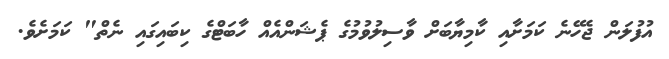
އުފުލަން ޖެހޭނެ ކަމަށާއި ކާމިޔާބަށް ވާސިލުވުމުގެ ޕެޝަންއެއް ހާބަޓްގެ ކިބައިގައި ނެތް" ކަމަށެވެ.